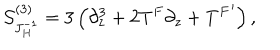
{ \cal S } _ { J _ { H } ^ { - 1 } } ^ { ( 3 ) } = 3 \left( \partial _ { z } ^ { 3 } + 2 T ^ { F } \partial _ { z } + { T ^ { F } } ^ { \prime } \right) ,